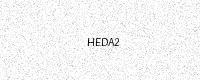
Text: HEDA2